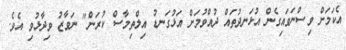
އެކަމަށް ވިސްނަވައިގެން އުޅަނދުތައް ދުއްވުމަށް އަޅުގަނޑު އިލްތިމާސް ކުރަން" ނަވާޒު ވިދާޅުވި އެވެ.